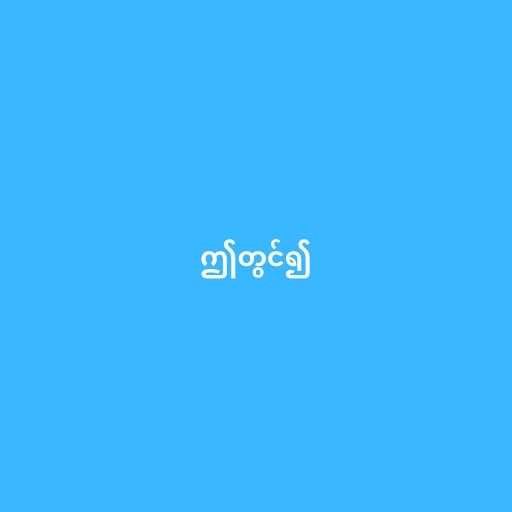
ဤတွင်၍